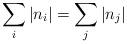
LaTeX: \begin{align*}\sum_i \left| n_i\right| = \sum_j \left| n_j \right|\end{align*}